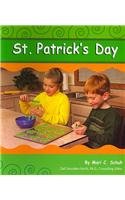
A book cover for St. Patrick's Day (Holidays and Celebrations); Mari C Schuh; Children's Books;